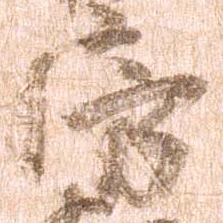
房